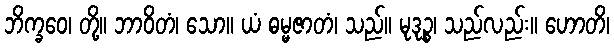
ဘိက္ခဝေ၊ တို့။ ဘာဝိတံ၊ သော။ ယံ ဓမ္မဇာတံ၊ သည်။ မုဒုဉ္စ၊ သည်လည်း။ ဟောတိ၊